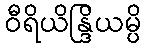
ဝီရိယိန္ဒြိယမ္ပိ